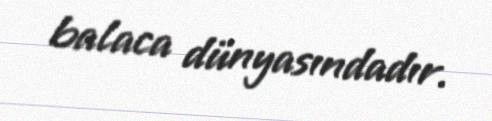
balaca dünyasındadır.